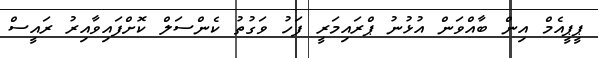
ޕީޕީއެމް އިން ބާއްވަން އުޅުނު ޕްރައިމަރީ ފަހު ވަގުތު ކެންސަލް ކޮށްފައިވާއިރު ރައީސް